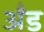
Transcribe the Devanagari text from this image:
अँड